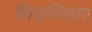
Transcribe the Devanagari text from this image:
सिक्लिडाए